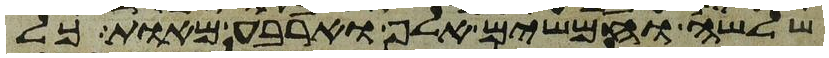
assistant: שלשה וחמשים אלף וארבע מאות כל